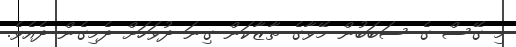
މި ގޭސް ގެ ސަބަބުން މޭވާގެ ތާޒާކަން ގިނަ ދުވަހަށް ދެމިގެން ދެއެވެ.